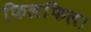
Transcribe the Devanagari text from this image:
फिलफिल।